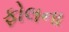
ફોલના